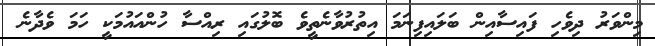
މިންވަރު ދިވެހި ފައިސާއިން ބަލައިފިނަމަ އިތުރުވާނެތީވެ ބޮލުގައި ރިއްސާ ހުންއައުމަކީ ހަމަ ވެދާނެ